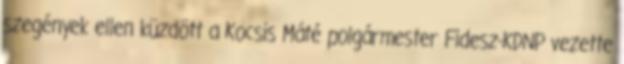
szegények ellen küzdött a Kocsis Máté polgármester Fidesz-KDNP vezette